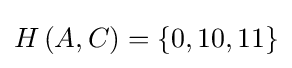
H\left(A,C\right)=\left\{0,10,11\right\}